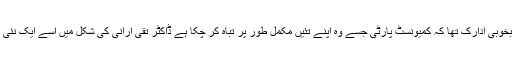
اسے اس امر کا بخوبی ادارک تھا کہ کمیونسٹ پارٹی جسے وہ اپنے تئیں مکمل طور پر تباہ کر چکا ہے ڈاکٹر تقی ارانی کی شکل میں اسے ایک نئی زندگی ملی ہے ۔